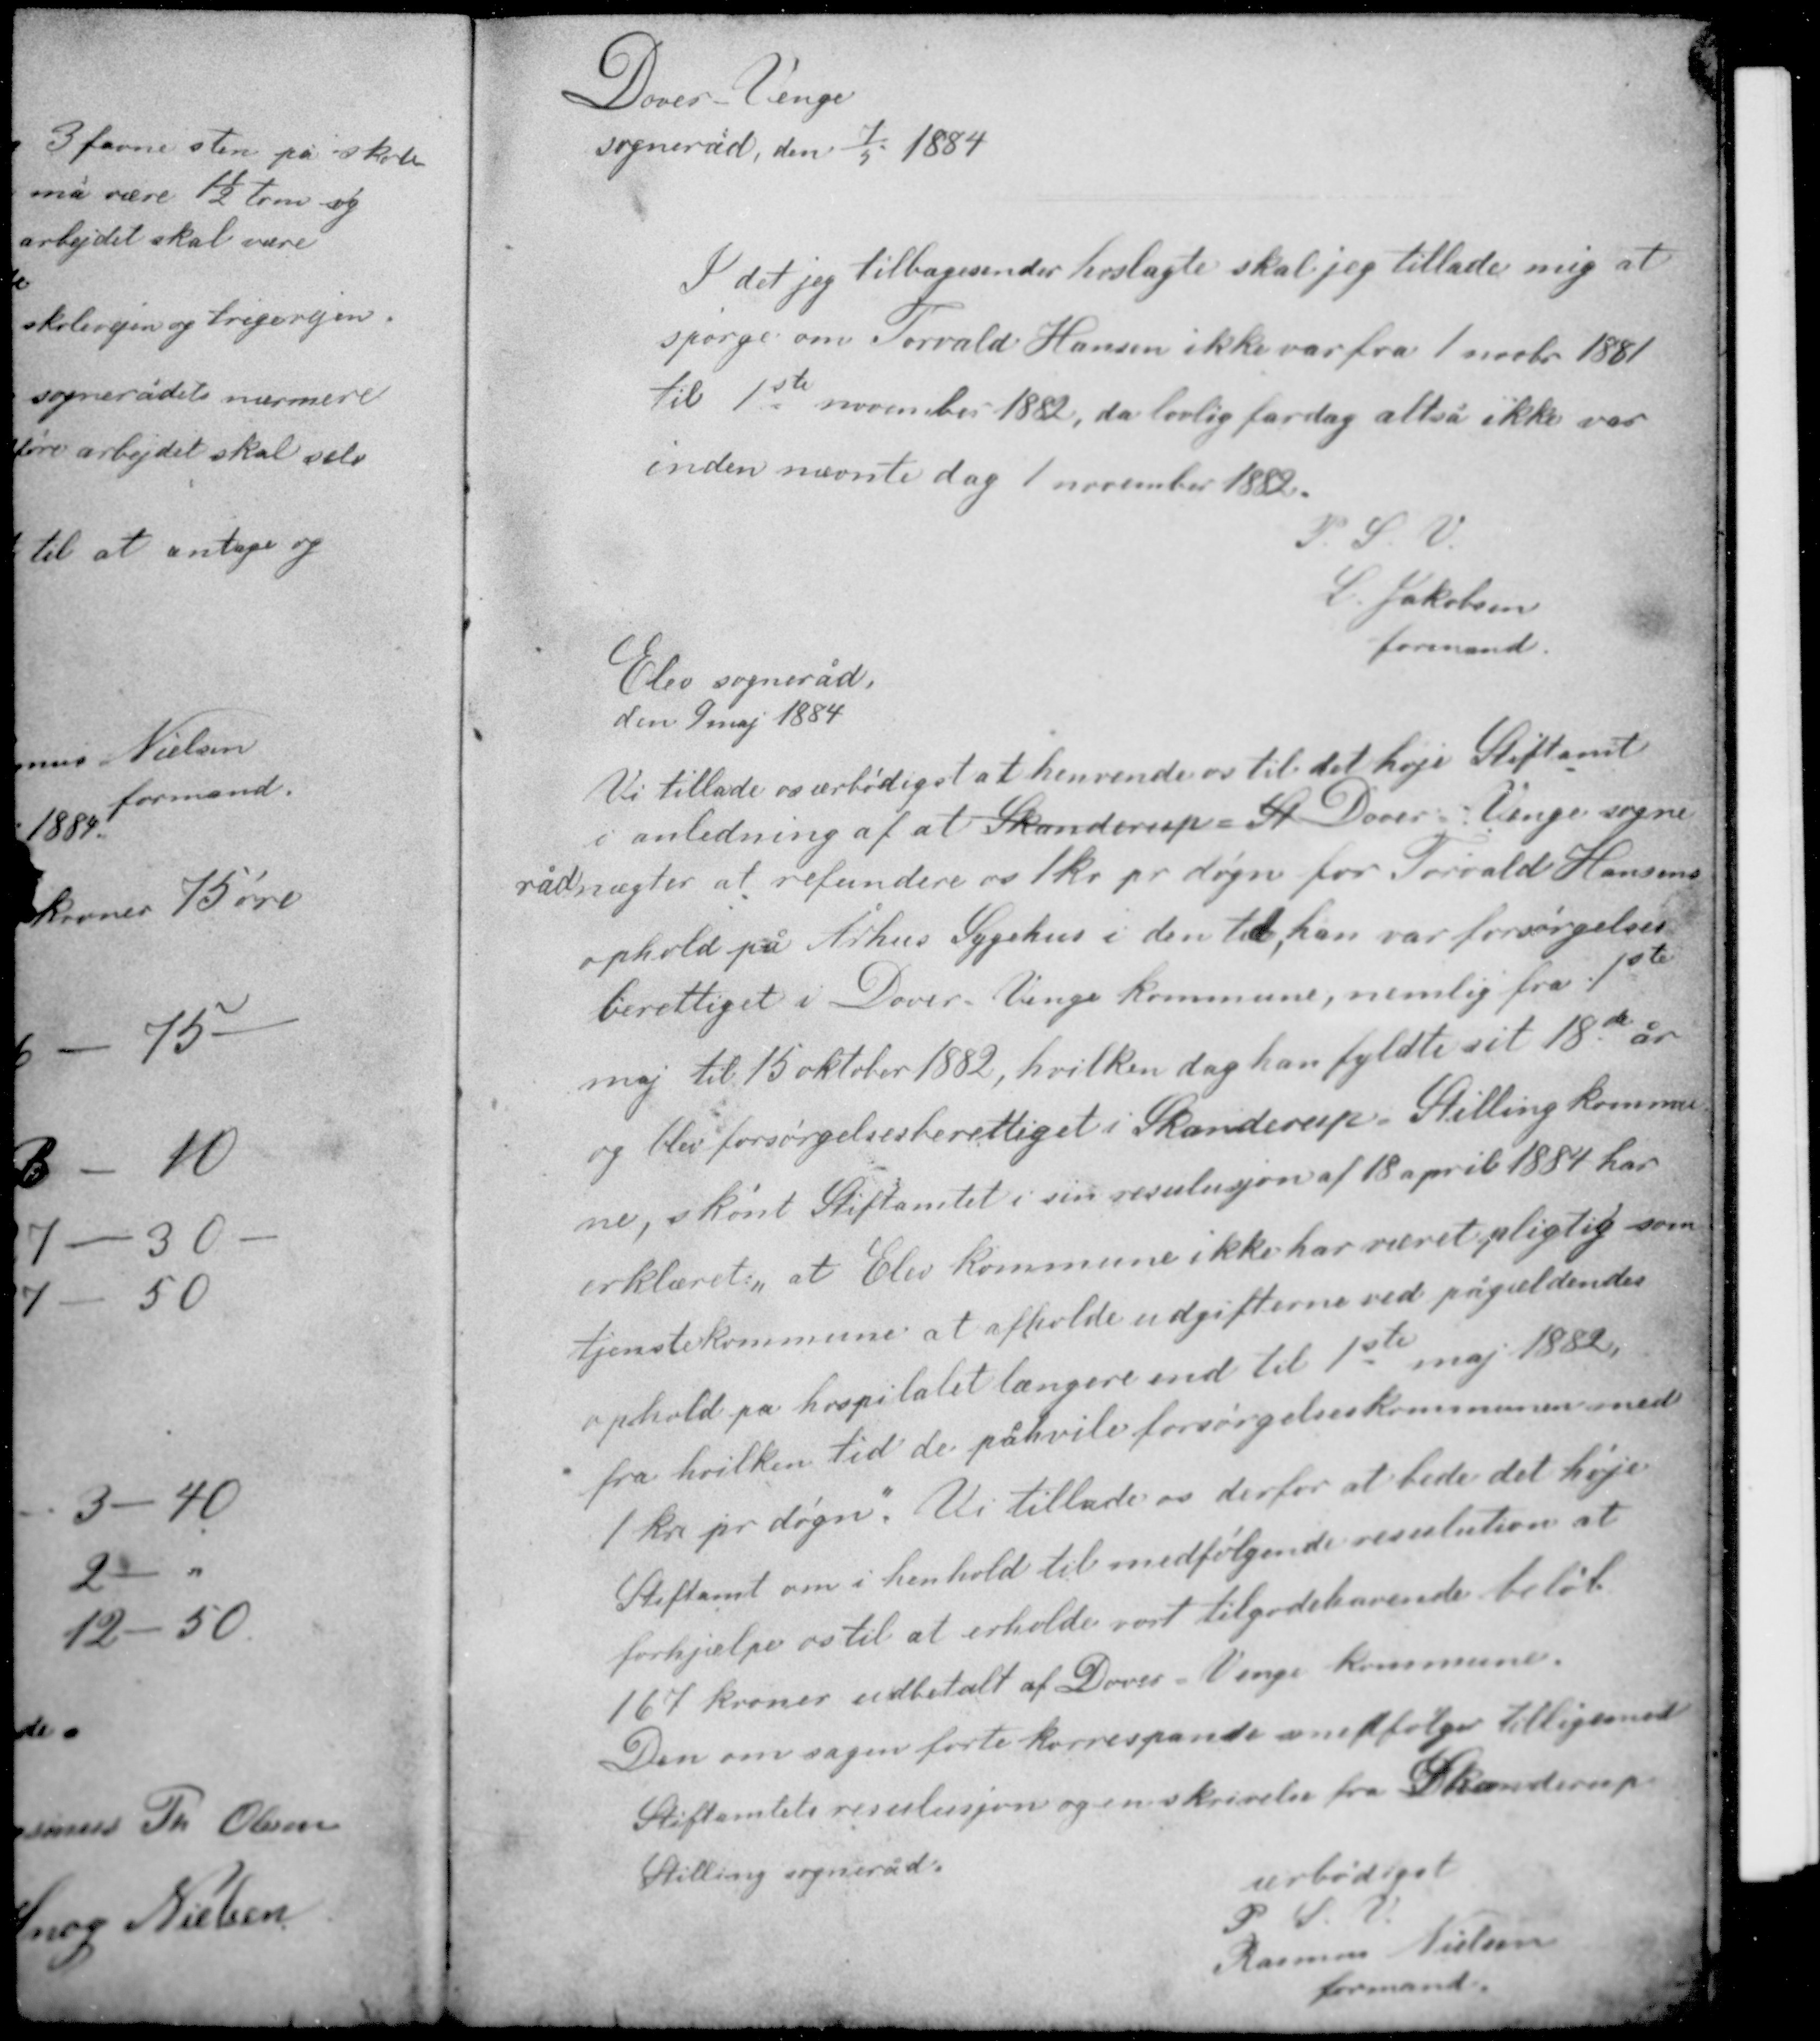
Transskription:
Dover-Venge
sogneråd den 7/5 1884

I det jeg tilbagesender hoslagte skal jeg tillade mig at
spørge om Torvald Hansen ikke var fra 1 novbr 1881
til 1ste november 1882, da lovlig fardag altså ikke var
inden nævnte dag 1 november 1882

P. S. V.
L. Jakobsen
formand

Elev sogneråd
den 9 maj 1884

Vi tillade ærbødigst at henvende os til det høje Stiftamt
i anledning af at Skanderup Sk Dover - Venge sogne-
råd nægter at refundere os 1 kr pr døgn for Torvald Hansens
ophold på Århus Sygehus i den tid, han var førsørgelses-
berettiget i Dover - Venge kommune, nemlig fra 1ste
maj til 15 oktober 1882, hvilken dag han fyldte sit 18de år
og blev forsørgelsesberettiget i Skanderup - Stilling kommu-

ne, skønt Stiftamtet i sin resulusjon af 18 april 1884 har
erklæret, at Elev kommune ikke har været pligtig som
tjenestekommune at afholde udgifterne ved pågældendes
ophold på hospitalet længere end til 1ste maj 1882
fra hvilken tid de påhviler forsørgelseskommunen med
1 kr pr døgn. Vi tillade os derfor at bede det høje

Stiftamt om i henhold til medfølgende resulution at
forhjælpe os til at erholde vort tilgodehavende beløb
167 kroner udbetalt af Dover - Venge kommune.
Den om sagen førte korrespondance medfølger tilligemed
Stiftamtets resulusjon og en skrivelse fra Skanderup

Stilling sogneråd

ærbødigst
P. S. V.
Rasmus Nielsen
formand